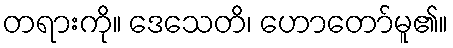
တရားကို။ ဒေသေတိ၊ ဟောတော်မူ၏။